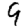
Digit: 9